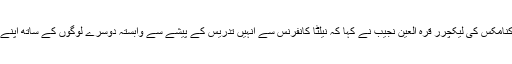
بہاولپور کے نیشنل کالج آف بزنس ایڈمنسٹریشن اینڈ اکنامکس کی لیکچرر قرہ العین نجیب نے کہا کہ نیلٹا کانفرنس سے انہیں تدریس کے پیشے سے وابستہ دوسرے لوگوں کے ساتھ اپنے منفر د تدریسی تجربات کا تبادلہ کرنے کا موقع ملا۔